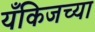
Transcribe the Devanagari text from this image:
यँकिजच्या